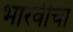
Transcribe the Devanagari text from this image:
भारवीचा